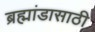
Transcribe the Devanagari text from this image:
ब्रह्मांडासाठी